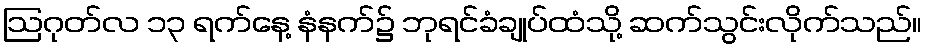
ဩဂုတ်လ ၁၃ ရက်နေ့ နံနက်၌ ဘုရင်ခံချုပ်ထံသို့ ဆက်သွင်းလိုက်သည်။